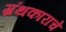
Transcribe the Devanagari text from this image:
ग्रंथकाराचे